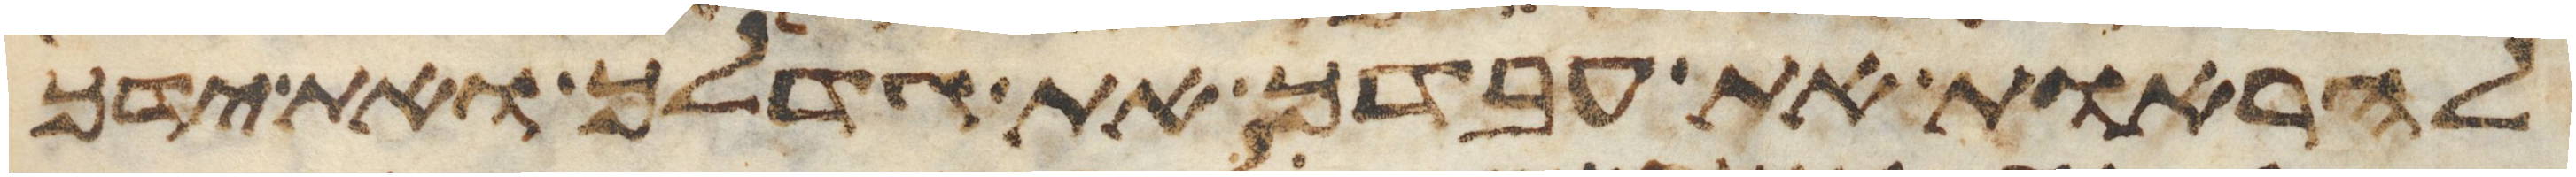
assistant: להראות את עבדך את גדלך ואת ידך